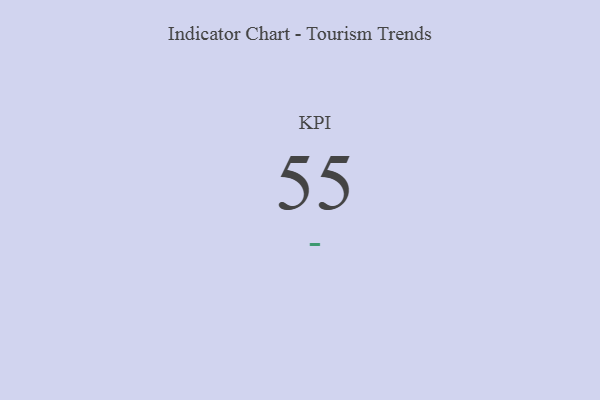
{"axis": {"x": "KPI", "y": "Value"}, "legend": [""], "data": [{"x": "KPI", "y": 55, "type": ""}]}